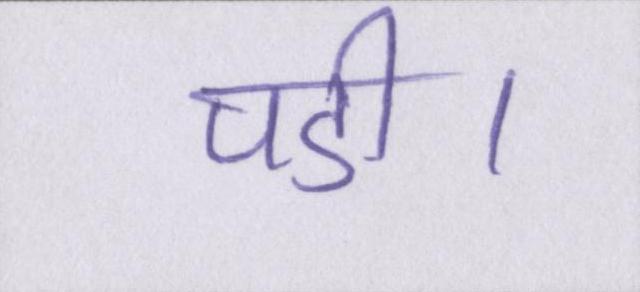
पडी।